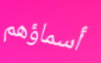
أسماؤهم